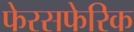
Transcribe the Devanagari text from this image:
फेरसफेरिक